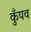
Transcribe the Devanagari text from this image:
कुँपव